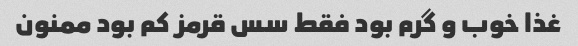
غذا خوب و گرم بود فقط سس قرمز کم بود ممنون